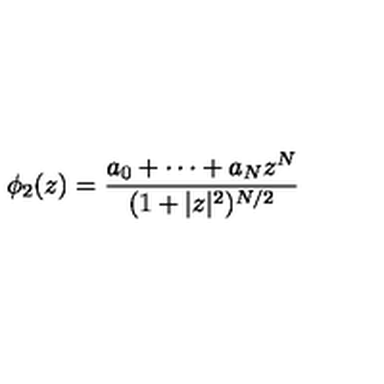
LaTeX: \phi _ { 2 } ( z ) = \frac { a _ { 0 } + \cdots + a _ { N } z ^ { N } } { ( 1 + | z | ^ { 2 } ) ^ { N / 2 } }